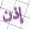
إذن